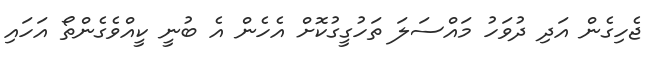
ޖެހިގެން އަދި ދުވަހު މައްސަލަ ތަހުގީގުކޮށް އެހެން އެ ބުނީ ކީއްވެގެންތޯ އަހައި